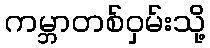
ကမ္ဘာတစ်ဝှမ်းသို့